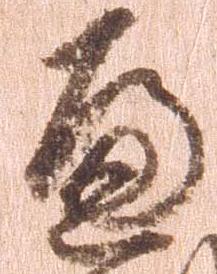
へ